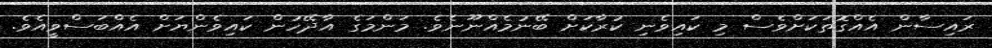
ރައިސާން އެއްގޮތަކަށްވެސް މި ކައިވެނި ކުރާކަށް ބޭނުމެއްނޫނެވެ. މަންމަގެ އާދޭހުން ކައިވެންޔަށް އެއްބަސްވީއެވެ.